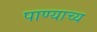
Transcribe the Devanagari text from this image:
पाण्याच्य